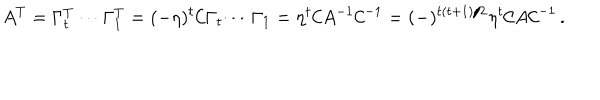
A ^ { T } = \Gamma _ { t } ^ { T } \cdots \Gamma _ { 1 } ^ { T } = ( - \eta ) ^ { t } { \cal C } \Gamma _ { t } \cdots \Gamma _ { 1 } = \eta ^ { t } { \cal C } A ^ { - 1 } { \cal C } ^ { - 1 } = ( - ) ^ { t ( t + 1 ) / 2 } \eta ^ { t } { \cal C } A { \cal C } ^ { - 1 } \, .